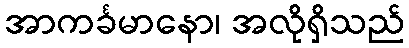
အာကင်္ခမာနော၊ အလိုရှိသည်